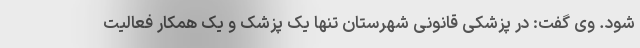
شود. وی گفت: در پزشکی قانونی شهرستان تنها یک پزشک و یک همکار فعالیت